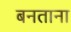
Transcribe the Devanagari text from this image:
बनताना